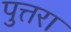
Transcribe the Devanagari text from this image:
पुत्तरा